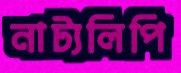
নাট্যলিপি